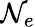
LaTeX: \mathcal{N}_{e}